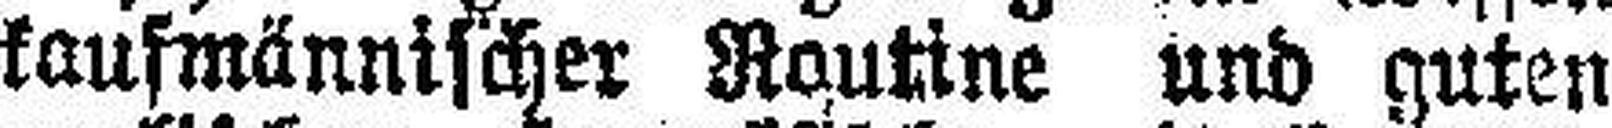
kaufmännischer Rautine und guten